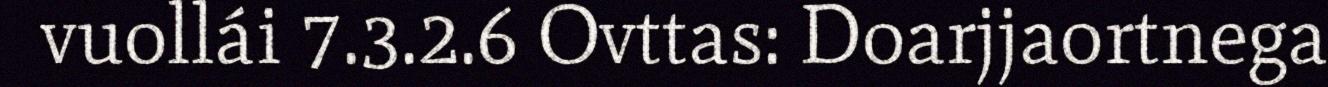
vuollái 7.3.2.6 Ovttas: Doarjjaortnega